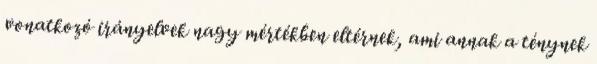
vonatkozó irányelvek nagy mértékben eltérnek, ami annak a ténynek